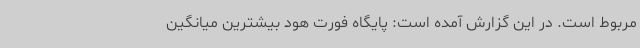
مربوط است. در این گزارش آمده است: پایگاه فورت هود بیشترین میانگین